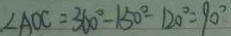
\angle A O C = 3 6 0 ^ { \circ } - 1 5 0 ^ { \circ } - 1 2 0 ^ { \circ } = 9 0 ^ { \circ }